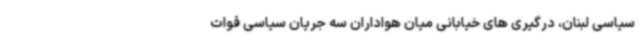
سیاسی لبنان، درگیری های خیابانی میان هواداران سه جریان سیاسی قوات